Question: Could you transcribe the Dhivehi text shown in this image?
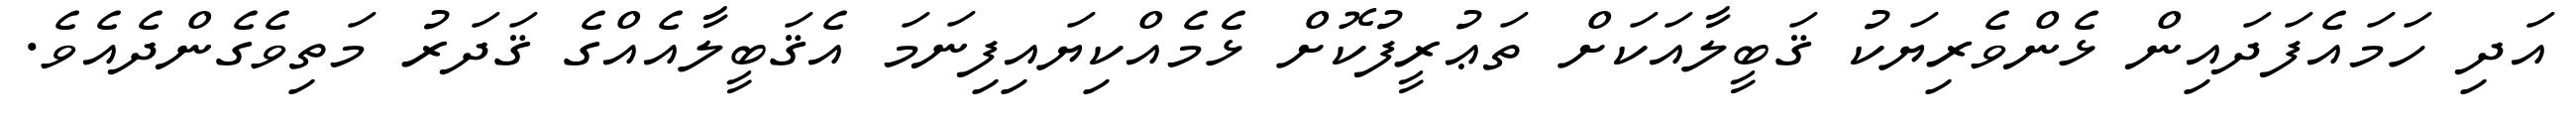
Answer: އަދި ހަމައެފަދައިން ޅެންވެރިޔަކު ޤަބީލާއަކަށް ތަޢުރީފުކޮށް ޅެމެއްކިޔައިފިނަމަ އެޤަބީލާއެއްގެ ޤަދަރު މަތިވެގެންދެއެވެ.